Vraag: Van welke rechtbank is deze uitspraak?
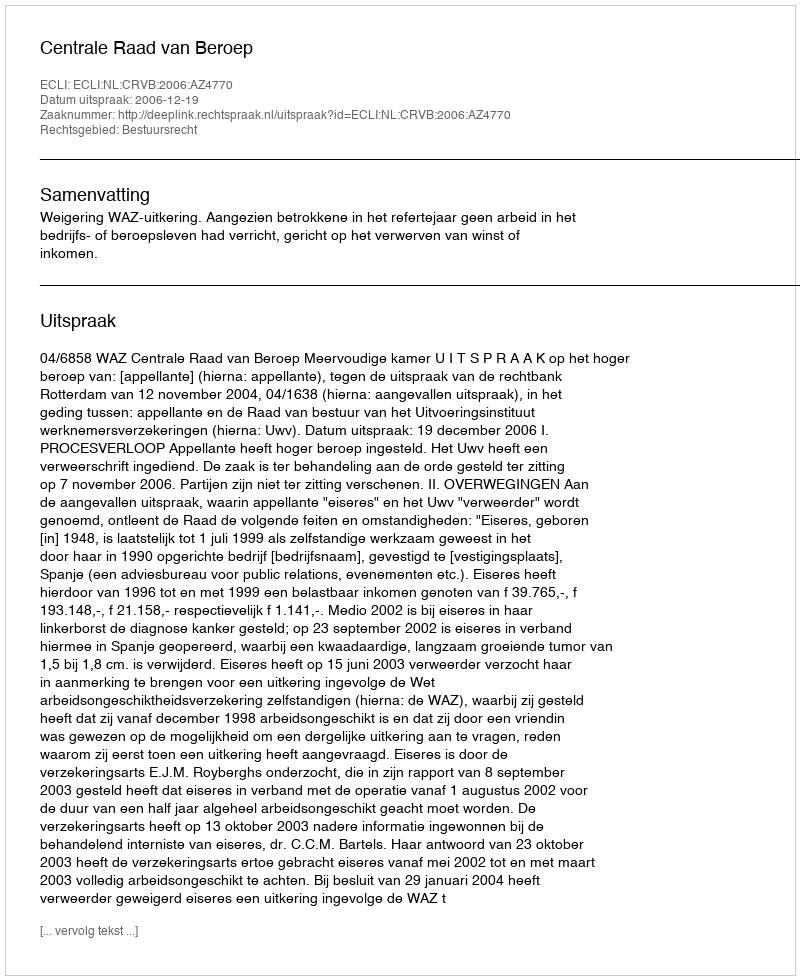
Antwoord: Centrale Raad van Beroep